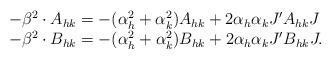
LaTeX: \begin{align*}\begin{array}{l}-\beta^2\cdot A_{hk}=-(\alpha_h^2+\alpha_k^2)A_{hk}+2\alpha_h\alpha_kJ'A_{hk}J\\-\beta^2\cdot B_{hk}=-(\alpha_h^2+\alpha_k^2)B_{hk}+2\alpha_h\alpha_kJ'B_{hk}J.\end{array}\end{align*}